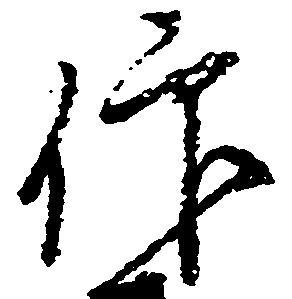
仰